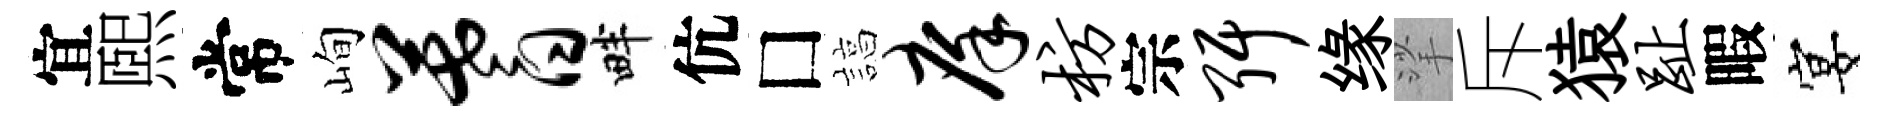
宜煕常峋蓍畔伉□諄庠枋宗弭缘挲斥猿趾暇宴